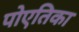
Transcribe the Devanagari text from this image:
पोएतिका